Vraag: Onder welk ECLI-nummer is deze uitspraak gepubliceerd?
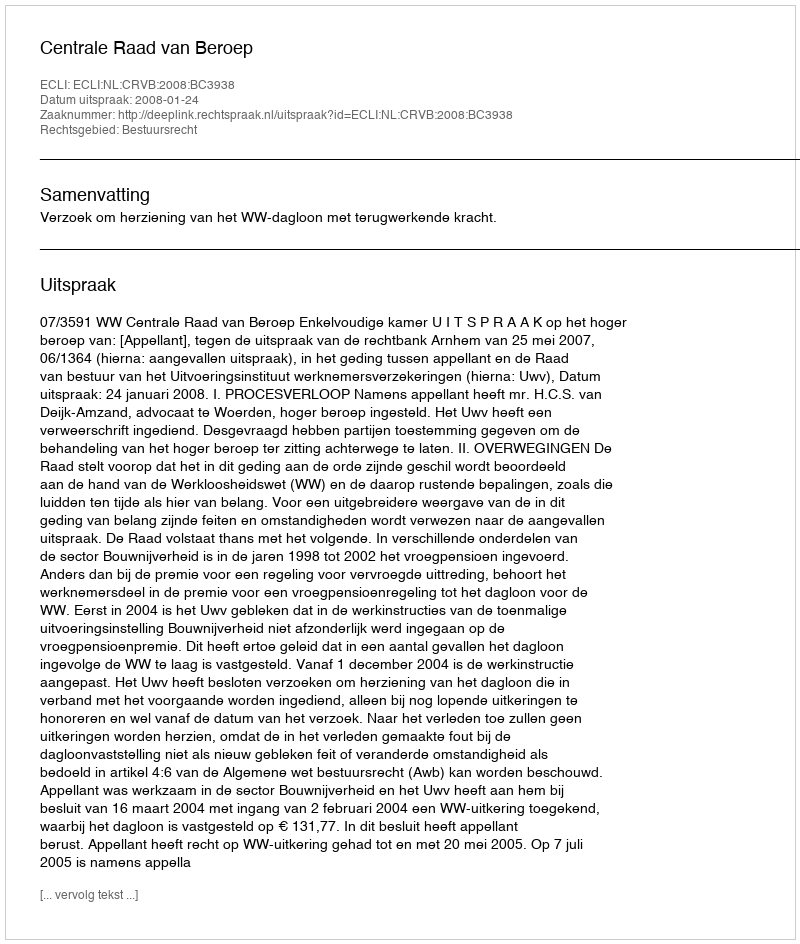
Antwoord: ECLI:NL:CRVB:2008:BC3938